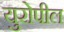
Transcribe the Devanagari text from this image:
युरोपील